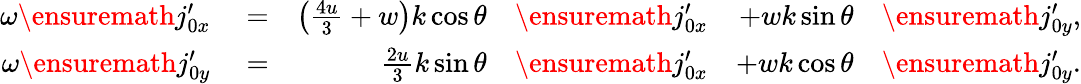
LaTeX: \begin{array}{rlrlrl}{\omega\ensuremath{j_{0x}^{\prime}}}&{{}=}&{\left(\frac{4u}{3}+w\right)k\cos\theta}&{{}\ensuremath{j_{0x}^{\prime}}}&{+wk\sin\theta}&{{}\ensuremath{j_{0y}^{\prime}},}\\ {\omega\ensuremath{j_{0y}^{\prime}}}&{{}=}&{\frac{2u}{3}k\sin\theta}&{{}\ensuremath{j_{0x}^{\prime}}}&{+wk\cos\theta}&{{}\ensuremath{j_{0y}^{\prime}}.}\end{array}